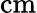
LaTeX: \mathrm{cm}